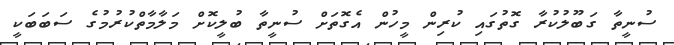
ސުނީތާ ގަބޫލުކުރާ ގޮތުގައި ކުރިން މީހުން އެގޮތަށް ސުނީތާ ބުލީކޮށް މަލާމާތްކުރުމުގެ ސަބަބަކީ